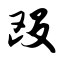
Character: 殴